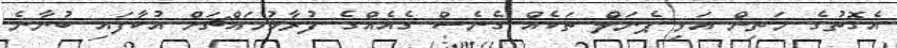
އެގޮތުގެ މަތިން އަވި ޕެނަލް ތަކެއް ގެނެސް ގެއެއްގެ ފުރާޅުމައްޗަށް އުކާފައި ބުނާނެ